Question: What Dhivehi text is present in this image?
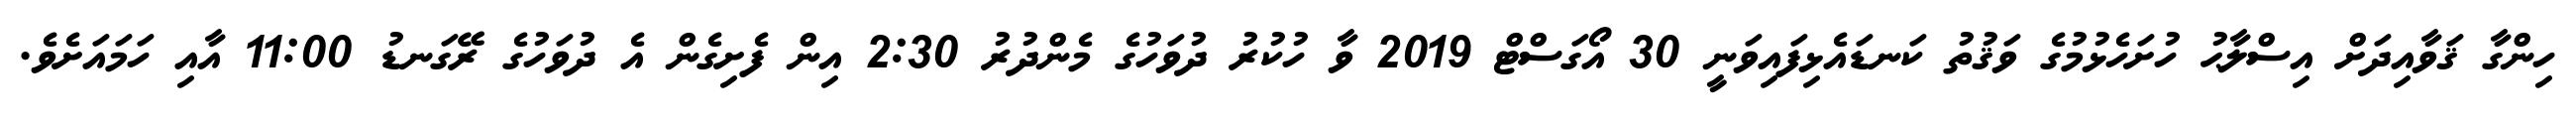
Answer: ހިންގާ ޤަވާއިދަށް އިސްލާޙު ހުށަހެޅުމުގެ ވަޤުތު ކަނޑައެޅިފައިވަނީ 30 އޯގަސްޓް 2019 ވާ ހުކުރު ދުވަހުގެ މެންދުރު 2:30 އިން ފެށިގެން އެ ދުވަހުގެ ރޭގަނޑު 11:00 އާއި ހަމައަށެވެ.